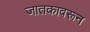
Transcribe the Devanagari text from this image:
जातकावरून